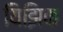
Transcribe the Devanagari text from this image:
यिझिक